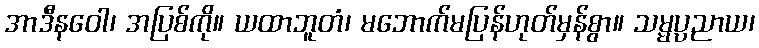
အာဒီနဝေါ၊ အပြစ်ကို။ ယထာဘူတံ၊ မဘောက်မပြန်ဟုတ်မှန်စွာ။ သမ္မပ္ပညာယ၊